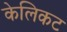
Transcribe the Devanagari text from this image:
केलिकट